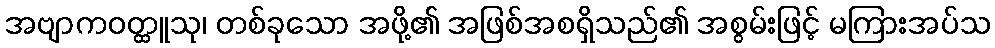
အဗျာကဝတ္ထူသု၊ တစ်ခုသော အဖို့၏ အဖြစ်အစရှိသည်၏ အစွမ်းဖြင့် မကြားအပ်သ